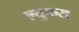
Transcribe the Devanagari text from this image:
ल्युकस